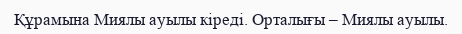
Құрамына Миялы ауылы кіреді. Орталығы – Миялы ауылы.